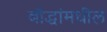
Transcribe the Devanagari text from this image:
बौद्धांमधील